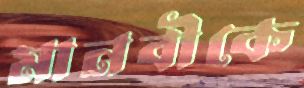
মানবীকে